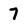
Character: 7